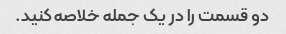
دو قسمت را در یک جمله خلاصه کنید.